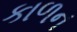
કાળન